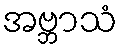
အဗ္ဘာသံ